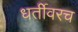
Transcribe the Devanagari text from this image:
धर्तीवरच